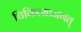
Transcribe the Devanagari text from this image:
चिकित्साजगत्